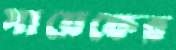
সায়েফের